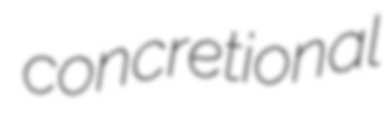
concretional